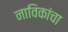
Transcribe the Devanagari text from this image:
नाविकांचा